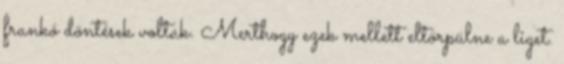
frankó döntések voltak. Merthogy ezek mellett eltörpülne a liget.